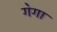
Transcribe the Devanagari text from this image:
ग॓गा